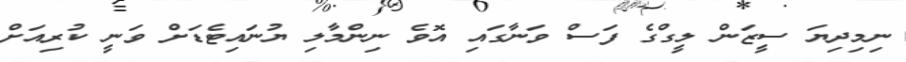
ނިމިދިޔަ ސީޒަން ލީގްގެ ފަސް ވަނާގައި އޮވެ ނިންމާލި ޔުނައިޓެޑަށް ވަނީ ކުރިއަށް